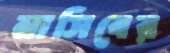
নাসিবের